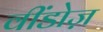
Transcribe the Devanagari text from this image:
वींडोज़